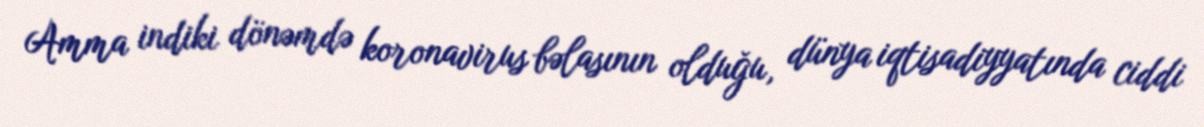
Amma indiki dönəmdə koronavirus bəlasının olduğu, dünya iqtisadiyyatında ciddi